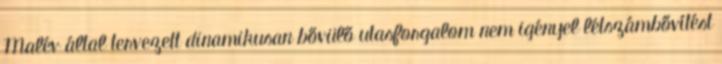
Malév által tervezett dinamikusan bővülő utasforgalom nem igényel létszámbővítést